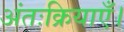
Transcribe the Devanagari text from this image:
अंतःक्रियाएँ।